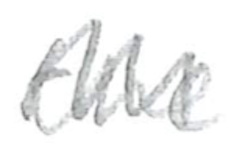
Text: the
Cross-out: zig-zag
Writing tool: pencil